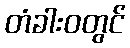
တံခါးဝတွင်